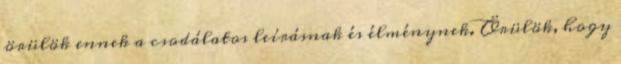
örülök ennek a csodálatos leírásnak és élménynek. Örülök, hogy